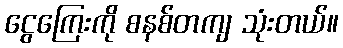
ငွေကြေးကို စနစ်တကျ သုံးတယ်။